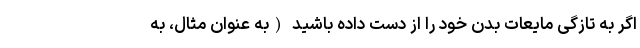
اگر به تازگی مایعات بدن خود را از دست داده باشید (به عنوان مثال، به